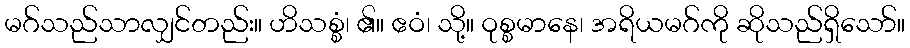
မဂ်သည်သာလျှင်တည်း။ ဟိသစ္စံ၊ ၏။ ဧဝံ၊ သို့။ ဝုစ္စမာနေ၊ အရိယမဂ်ကို ဆိုသည်ရှိသော်။